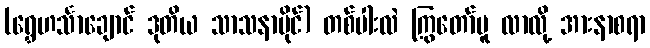
(ရွှေဟင်္သာချောင် ဒုတိယ သာသနာပိုင်) တစ်ပါးလဲ ကြွတော်မူ လာလို့ အားနာစရာ